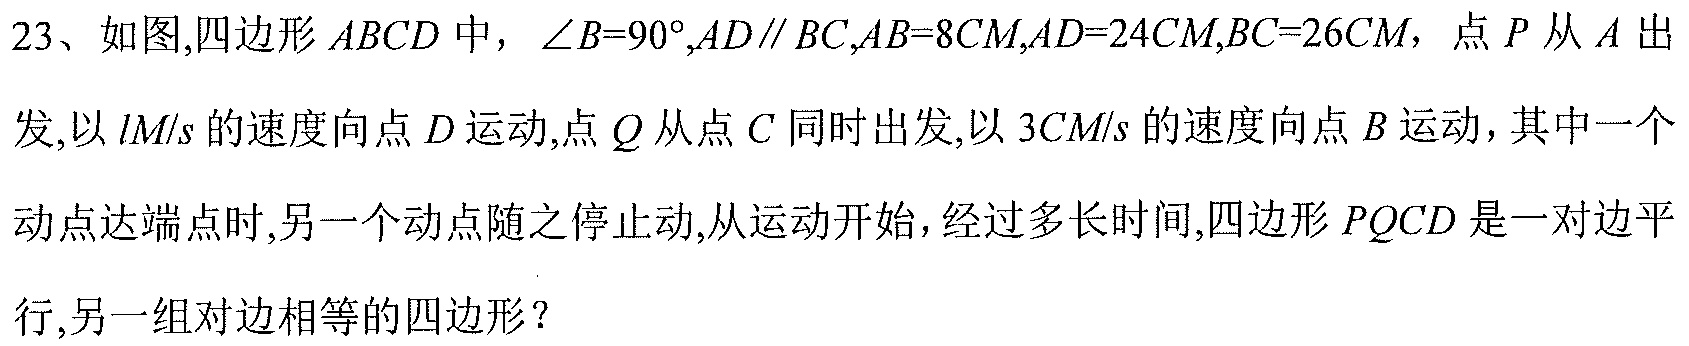
23、如图,四边形\(ABCD\)中，\(\angle B = 90^{\circ},AD\parallel BC,AB = 8CM,AD = 24CM,BC = 26CM\)，点\(P\)从\(A\)出发,以\(1M/s\)的速度向点\(D\)运动,点\(Q\)从点\(C\)同时出发,以\(3CM/s\)的速度向点\(B\)运动，其中一个动点达端点时,另一个动点随之停止动,从运动开始,经过多长时间,四边形\(PQCD\)是一对边平行,另一组对边相等的四边形？